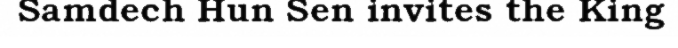
Samdech Hun Sen invites the King